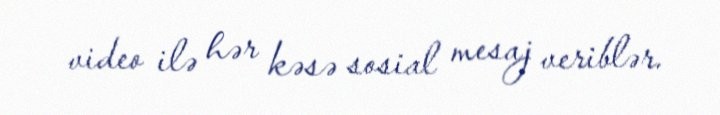
video ilə hər kəsə sosial mesaj veriblər.